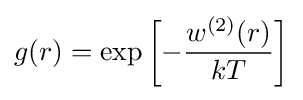
g(r)=\exp \left[-{\frac {w^{(2)}(r)}{kT}}\right]